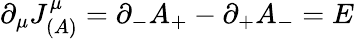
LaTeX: \partial_{\mu}J_{(A)}^{\mu}=\partial_{-}A_{+}-\partial_{+}A_{-}=E